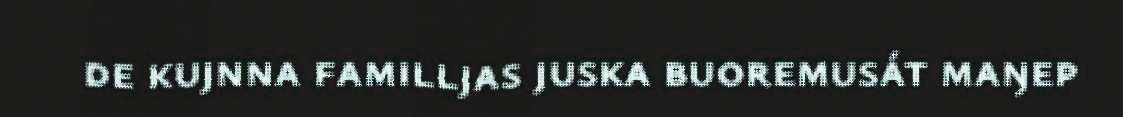
de kujnna familljas juska buoremusát maŋep